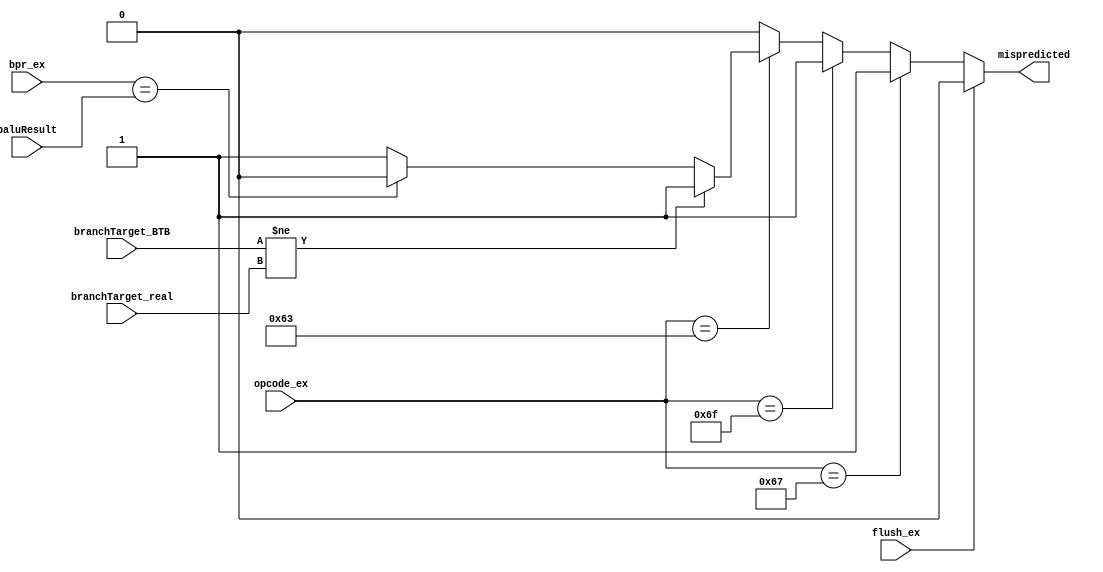
module mispredictionDetectionUnit(
	input wire flush_ex, 
	input wire [6:0] opcode_ex,
	input wire bpr_ex,
	input wire[31:0] branchTarget_BTB,
	input wire[31:0] branchTarget_real,
	input wire baluResult,
	output wire mispredicted
	);

	reg mispredicted_r;
	assign mispredicted = mispredicted_r;

	always @(*) begin
		if (~flush_ex) begin
			// JALR
			if (opcode_ex == 7'b1100111) begin
				mispredicted_r = 1;
			end

			// JAL
			else if (opcode_ex == 7'b1101111) begin
				mispredicted_r = 1;
			end

			// branch
			else if (opcode_ex == 7'b1100011) begin

				if (branchTarget_BTB != branchTarget_real) begin
					mispredicted_r = 1;
				end

				else if (bpr_ex == baluResult) begin
					mispredicted_r = 0;
				end

				else begin
					mispredicted_r = 1;
				end
			end

			else begin 
				mispredicted_r = 0;
			end
		end

		else begin
			mispredicted_r = 0;
		end

	end

endmodule